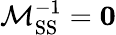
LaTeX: \mathbf{\mathcal{M}}_{\mathrm{SS}}^{-1}=\mathbf{0}